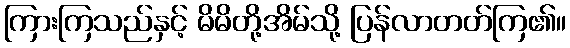
ကြားကြသည်နှင့် မိမိတို့အိမ်သို့ ပြန်လာတတ်ကြ၏။